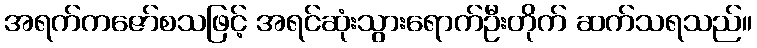
အရက်ကဇော်စသဖြင့် အရင်ဆုံးသွားရောက်ဦးတိုက် ဆက်သရသည်။